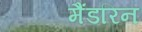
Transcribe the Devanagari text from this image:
मैंडरिन